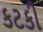
કટકી